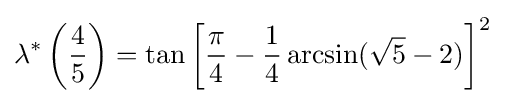
\lambda ^{*}\left({\frac {4}{5}}\right)=\tan \left[{\frac {\pi }{4}}-{\frac {1}{4}}\arcsin({\sqrt {5}}-2)\right]^{2}